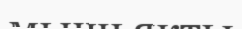
мышьякты